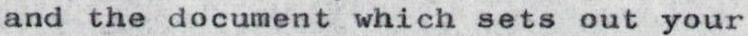
and the document which sets out your